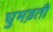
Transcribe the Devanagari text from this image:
घुमड़ती